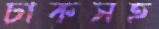
চাকসহ